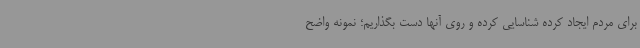
برای مردم ایجاد کرده شناسایی کرده و روی آنها دست بگذاریم؛ نمونه واضح